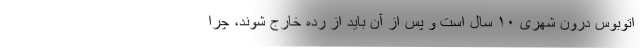
اتوبوس درون شهری ۱۰ سال است و پس از آن باید از رده خارج شوند، چرا